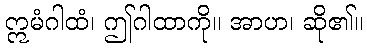
ဣမံဂါထံ၊ ဤဂါထာကို။ အာဟ၊ ဆို၏။